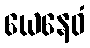
ယေနေဝံ